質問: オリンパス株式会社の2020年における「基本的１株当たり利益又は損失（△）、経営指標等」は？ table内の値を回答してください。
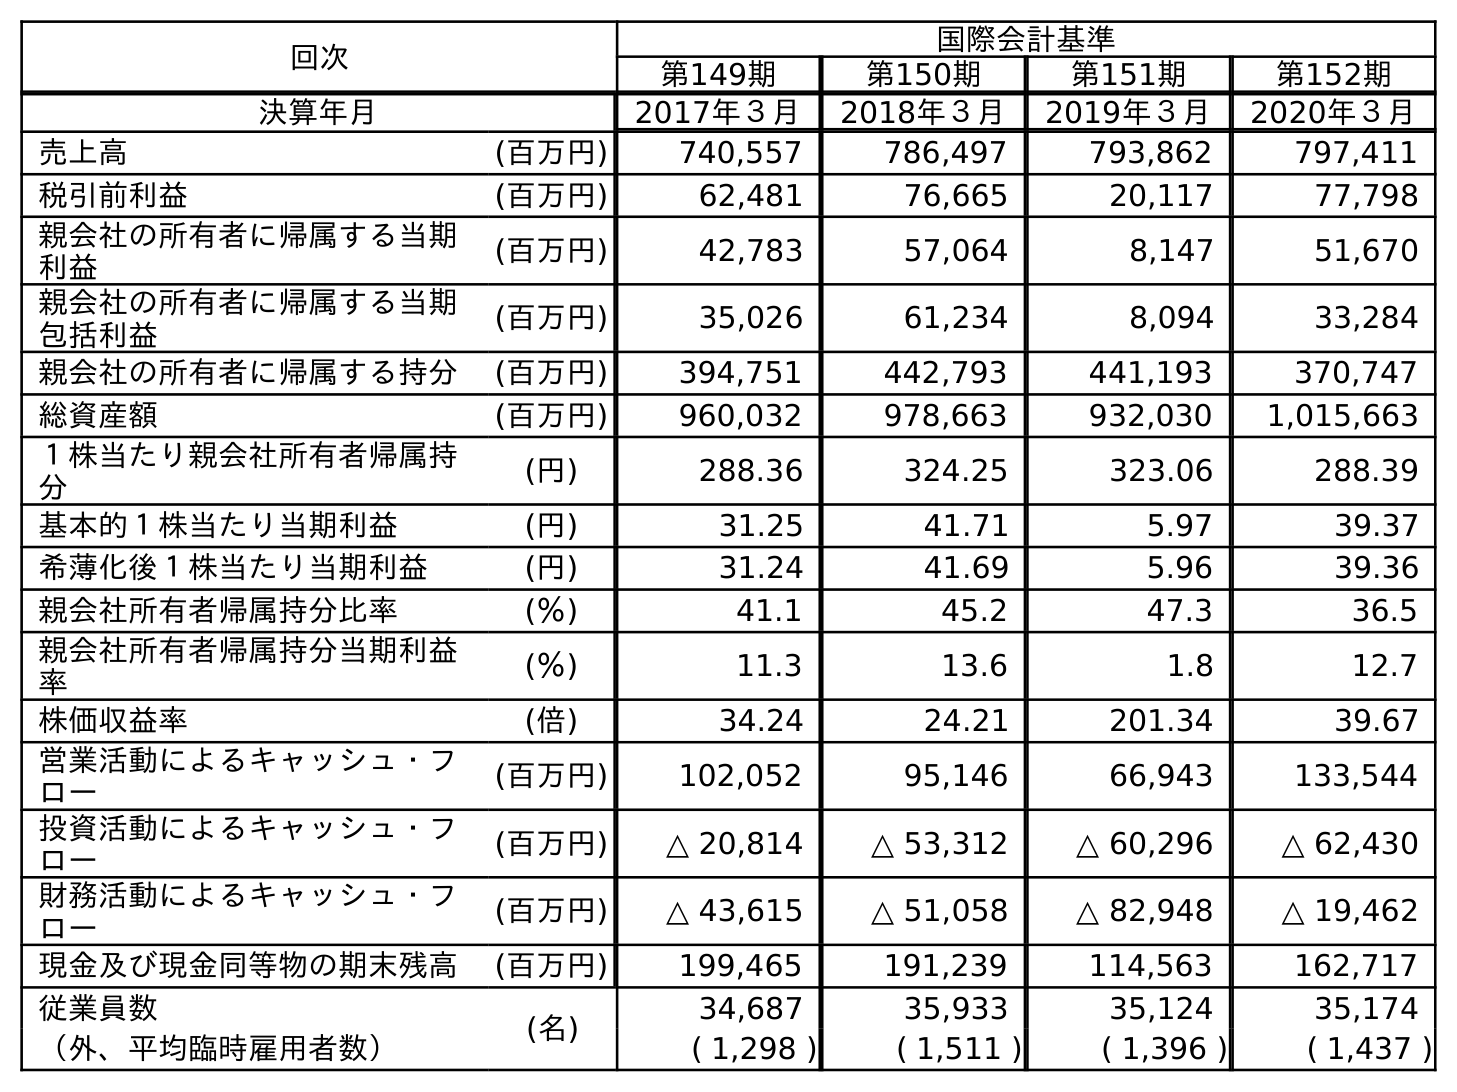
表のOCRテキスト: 回次 国際会計基準 第149期 第150期 第151期 第152期 決算年月 2017年３月 2018年３月 2019年３月 2020年３月 売上高 (百万円) 740,557 786,497 793,862 797,411 税引前利益 (百万円) 62,481 76,665 20,117 77,798 親会社の所有者に帰属する当期 利益 (百万円) 42,783 57,064 8,147 51,670 親会社の所有者に帰属する当期 包括利益 (百万円) 35,026 61,234 8,094 33,284 親会社の所有者に帰属する持分 (百万円) 394,751 442,793 441,193 370,747 総資産額 (百万円) 960,032 978,663 932,030 1,015,663 １株当たり親会社所有者帰属持 分 (円) 288.36 324.25 323.06 288.39 基本的１株当たり当期利益 (円) 31.25 41.71 5.97 39.37 希薄化後１株当たり当期利益 (円) 31.24 41.69 5.96 39.36 親会社所有者帰属持分比率 (％) 41.1 45.2 47.3 36.5 親会社所有者帰属持分当期利益 率 (％) 11.3 13.6 1.8 12.7 株価収益率 (倍) 34.24 24.21 201.34 39.67 営業活動によるキャッシュ・フ ロー (百万円) 102,052 95,146 66,943 133,544 投資活動によるキャッシュ・フ ロー (百万円) △ 20,814 △ 53,312 △ 60,296 △ 62,430 財務活動によるキャッシュ・フ ロー (百万円) △ 43,615 △ 51,058 △ 82,948 △ 19,462 現金及び現金同等物の期末残高 (百万円) 199,465 191,239 114,563 162,717 従業員数 (名) 34,687 35,933 35,124 35,174 （外、平均臨時雇用者数） ( 1,298 ) ( 1,511 ) ( 1,396 ) ( 1,437 )
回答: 39.37